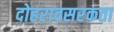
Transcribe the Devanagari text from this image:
दोहरावसरकता